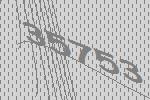
35753